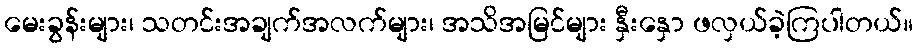
မေးခွန်းများ၊ သတင်းအချက်အလက်များ၊ အသိအမြင်များ နှီးနှော ဖလှယ်ခဲ့ကြပါတယ်။